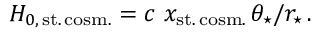
H _ { 0 , \, \mathrm { s t . \, c o s m . } } = c \, \, x _ { \mathrm { s t . \, c o s m . } } \, \theta _ { \star } / r _ { \star } \, .